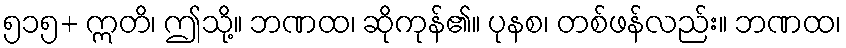
၅၁၅+ ဣတိ၊ ဤသို့။ ဘဏထ၊ ဆိုကုန်၏။ ပုနစ၊ တစ်ဖန်လည်း။ ဘဏထ၊